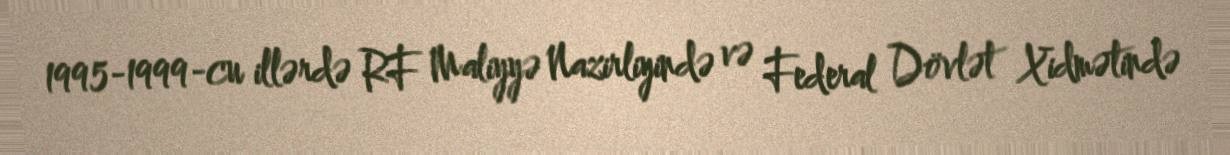
1995-1999-cu illərdə RF Maliyyə Nazirliyində və Federal Dövlət Xidmətində